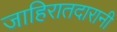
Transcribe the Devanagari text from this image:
जाहिरातदारानी